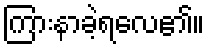
ကြားနာခဲ့ရလေ၏။